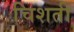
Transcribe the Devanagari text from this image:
चिशती